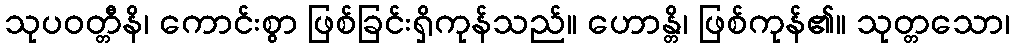
သုပဝတ္တီနိ၊ ကောင်းစွာ ဖြစ်ခြင်းရှိကုန်သည်။ ဟောန္တိ၊ ဖြစ်ကုန်၏။ သုတ္တသော၊